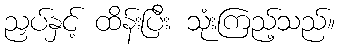
ညှပ်နှင့် ထိန်းပြီး သုံးကြည့်သည်။